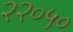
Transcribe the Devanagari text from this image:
२२०५०